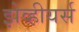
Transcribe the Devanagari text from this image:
झेव्हीयर्स